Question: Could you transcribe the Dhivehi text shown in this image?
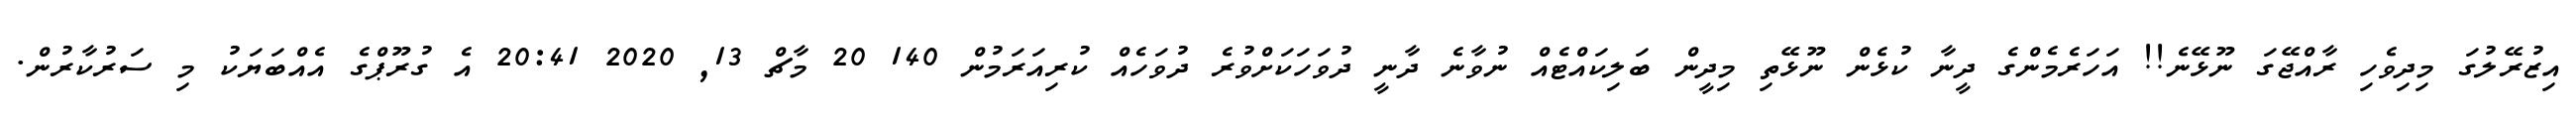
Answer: އިޒުރޭލުގަ މިދިވެހި ރާއްޖޭގަ ނޫޅޭނެ!! އަހަރެމެންގެ ދީނާ ކުޅެން ނޫޅޭތި މިދީން ބަލިކައްޓެއް ނުވާނެ ދާނީ ދުވަހަކަށްވުރެ ދުވަހެއް ކުރިއަރަމުން 140 20 މާޗް 13, 2020 20:41 އެ ގުރޫޕްގެ އެއްބަޔަކު މި ސަރުކާރުން.